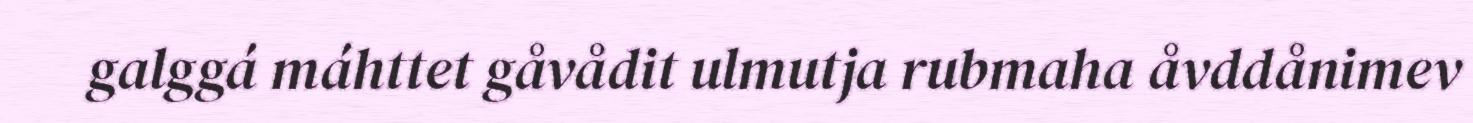
galggá máhttet gåvådit ulmutja rubmaha åvddånimev